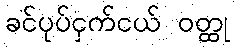
ခင်ပုပ်ငှက်ငယ် ဝတ္ထု